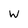
Character: W